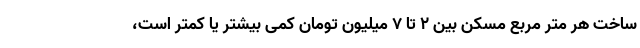
ساخت هر متر مربع مسکن بین ۲ تا ۷ میلیون تومان کمی بیشتر یا کمتر است،